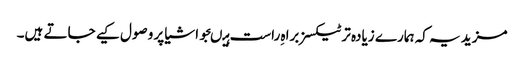
مزید یہ کہ ہمارے زیادہ تر ٹیکسز براہ ِراست ہیںجو اشیا پر وصول کیے جاتے ہیں۔